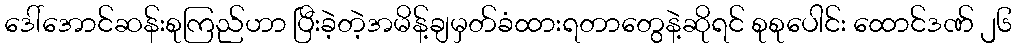
ဒေါ်အောင်ဆန်းစုကြည်ဟာ ပြီးခဲ့တဲ့အမိန့်ချမှတ်ခံထားရတာတွေနဲ့ဆိုရင် စုစုပေါင်း ထောင်ဒဏ် ၂၆